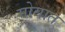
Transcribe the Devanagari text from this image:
मोयात